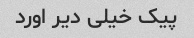
پیک خیلی دیر اورد